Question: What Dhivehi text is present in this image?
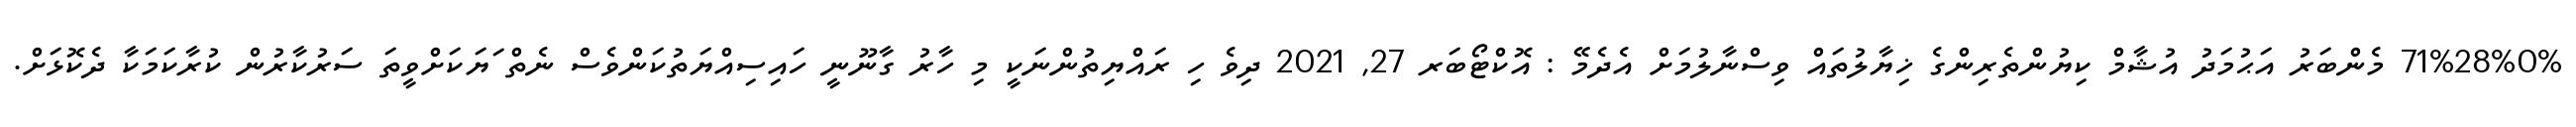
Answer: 71%28%0% މެންބަރު އަޙުމަދު އުޝާމް ކިޔުންތެރިންގެ ޚިޔާލުތައް ވިސްނާލުމަށް އެދެމޭ : އޮކްޓޯބަރ 27, 2021 ދިވެ ހި ރައްޔިތުންނަކީ މި ހާރު ގާނޫނީ ހައިސިއްޔަތުކަންވެސް ނެތް ަޔަކަށްވީތަ ސަރުކާރުން ކުރާކަމަކާ ދެކޮޅަށް.